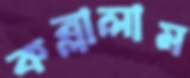
কব্‌লালাম